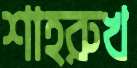
শাহরুখ